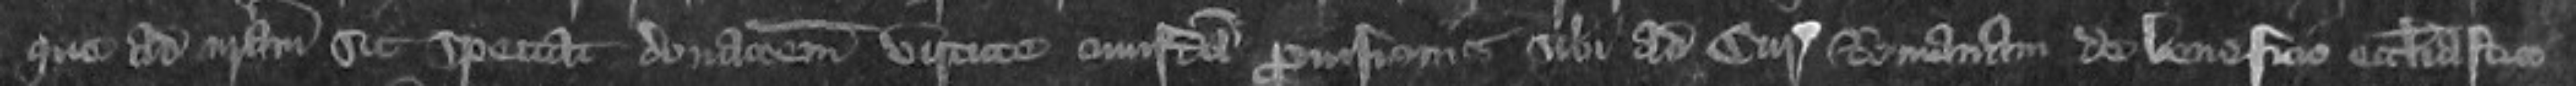
que ad nostram sit spectat donacionem virtute cuiusdam provisionis sibi ad Curiam Romanam de beneficio ecclesiastico